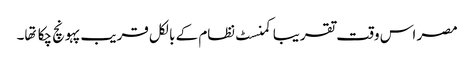
مصر اس وقت تقریبا کمنسٹ نظام کے بالکل قریب پہونچ چکا تها۔